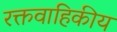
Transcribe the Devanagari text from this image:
रक्तवाहिकीय